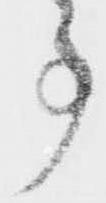
事